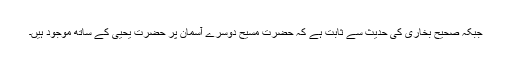
جبکہ صحیح بخاری کی حدیث سے ثابت ہے کہ حضرت مسیحؑ دوسرے آسمان پر حضرت یحییٰؑ کے ساتھ موجود ہیں۔